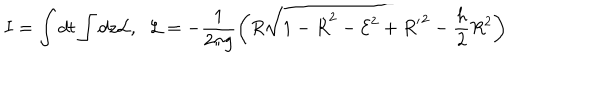
LaTeX: I = \int d t \int d z { \cal L } , \; \; { \cal L } = - \frac { 1 } { 2 \pi g } \bigg ( R \sqrt { 1 - { \dot { R } } ^ { 2 } - { \cal E } ^ { 2 } + { R ^ { \prime } } ^ { 2 } } - \frac { h } { 2 } R ^ { 2 } \bigg )